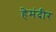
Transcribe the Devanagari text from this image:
हेमंदीर